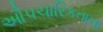
ઔપચારિકતાના